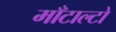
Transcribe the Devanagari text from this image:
माँटाल्टो